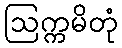
ဩက္ကမိတုံ